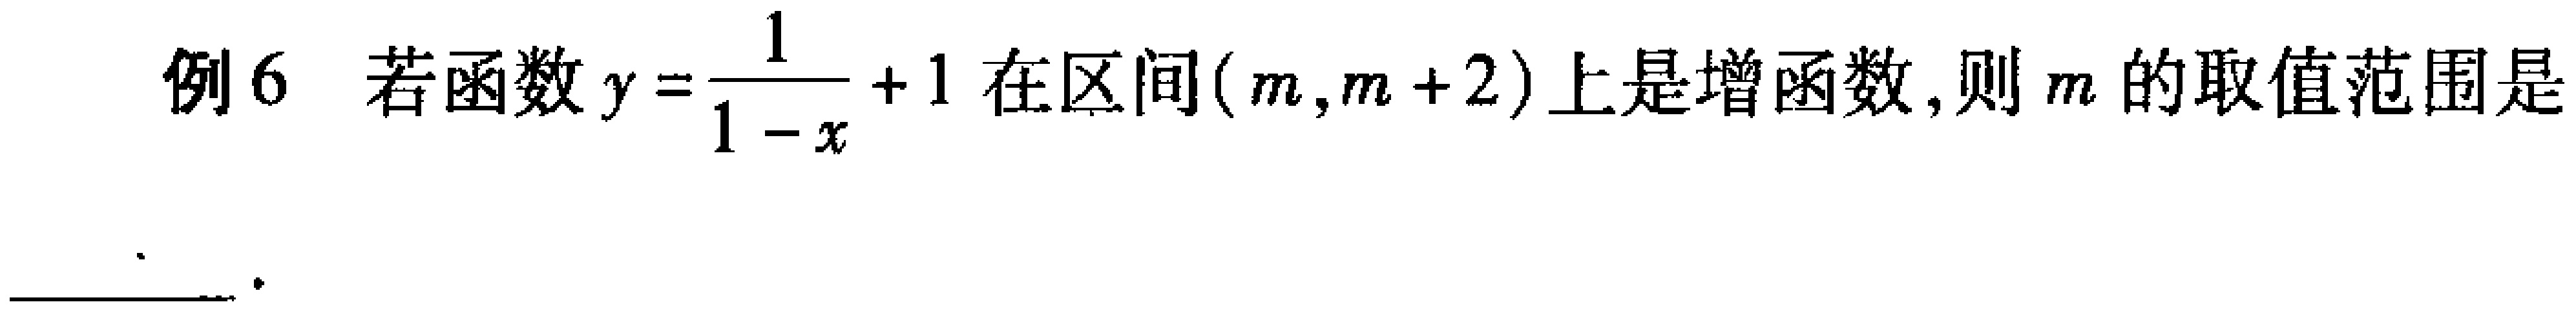
例6 若函数\(y = \frac{1}{1 - x}+1\)在区间\((m,m + 2)\)上是增函数，则\(m\)的取值范围是  。